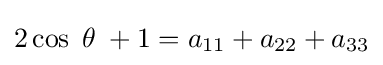
2\cos \;\theta \;+1=a_{11}+a_{22}+a_{33}\,\!